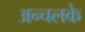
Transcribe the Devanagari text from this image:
अन्चलके